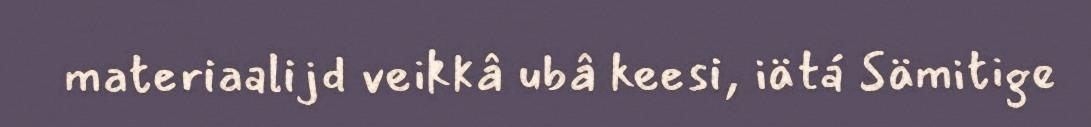
materiaalijd veikkâ ubâ keesi, iätá Sämitige